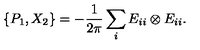
\{ P _ { 1 } , X _ { 2 } \} = - \frac { 1 } { 2 \pi } \sum _ { i } E _ { i i } \otimes E _ { i i } .